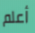
أعلم